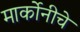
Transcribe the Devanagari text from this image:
मार्कोनीचे